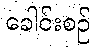
ခေါင်းစဉ်